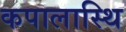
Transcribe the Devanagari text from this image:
कपालास्थि